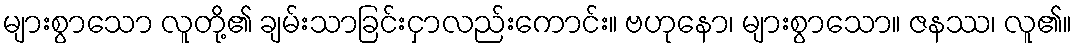
များစွာသော လူတို့၏ ချမ်းသာခြင်းငှာလည်းကောင်း။ ဗဟုနော၊ များစွာသော။ ဇနဿ၊ လူ၏။